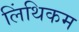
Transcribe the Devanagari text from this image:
लिंथिकम